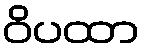
ဝိပထာ